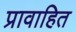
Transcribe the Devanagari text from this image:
प्रावाहित